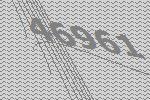
46961